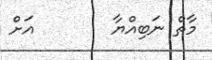
މާތް ނަބިއްޔާ        އަށް